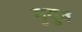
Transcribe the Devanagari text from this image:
मुयुव